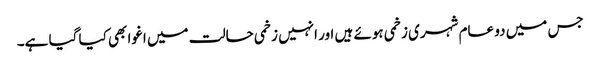
جس میں دو عام شہری زخمی ہوئے ہیں اور انہیں زخمی حالت میں اغوا بھی کیا گیا ہے۔